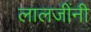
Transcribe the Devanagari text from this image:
लालजींनी